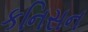
કનિસન